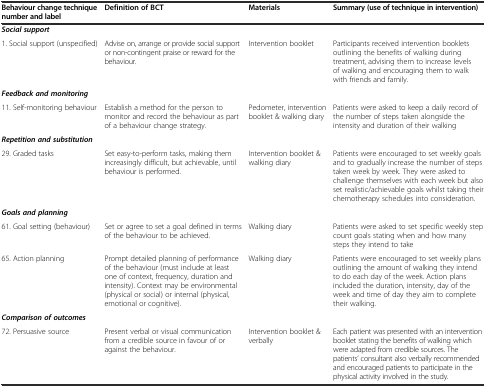
<table><thead><tr><td><b>Behaviour change technique number and label</b></td><td><b>Definition of BCT</b></td><td><b>Materials</b></td><td><b>Summary (use of technique in intervention)</b></td></tr></thead><tbody><tr><td><b><i>Social support</i></b></td><td></td><td></td><td></td></tr><tr><td>1. Social support (unspecified)</td><td>Advise on, arrange or provide social support or non-contingent praise or reward for the behaviour.</td><td>Intervention booklet</td><td>Participants received intervention booklets outlining the benefits of walking during treatment, advising them to increase levels of walking and encouraging them to walk with friends and family.</td></tr><tr><td><b><i>Feedback and monitoring</i></b></td><td></td><td></td><td></td></tr><tr><td>11. Self-monitoring behaviour</td><td>Establish a method for the person to monitor and record the behaviour as part of a behaviour change strategy.</td><td>Pedometer, intervention booklet &amp; walking diary</td><td>Patients were asked to keep a daily record of the number of steps taken alongside the intensity and duration of their walking</td></tr><tr><td><b><i>Repetition and substitution</i></b></td><td></td><td></td><td></td></tr><tr><td>29. Graded tasks</td><td>Set easy-to-perform tasks, making them increasingly difficult, but achievable, until behaviour is performed.</td><td>Intervention booklet &amp; walking diary</td><td>Patients were encouraged to set weekly goals and to gradually increase the number of steps taken week by week. They were asked to challenge themselves with each week but also set realistic/achievable goals whilst taking their chemotherapy schedules into consideration.</td></tr><tr><td><b><i>Goals and planning</i></b></td><td></td><td></td><td></td></tr><tr><td>61. Goal setting (behaviour)</td><td>Set or agree to set a goal defined in terms of the behaviour to be achieved.</td><td>Walking diary</td><td>Patients were asked to set specific weekly step count goals stating when and how many steps they intend to take</td></tr><tr><td>65. Action planning</td><td>Prompt detailed planning of performance of the behaviour (must include at least one of context, frequency, duration and intensity). Context may be environmental (physical or social) or internal (physical, emotional or cognitive).</td><td>Walking diary</td><td>Patients were encouraged to set weekly plans outlining the amount of walking they intend to do each day of the week. Action plans included the duration, intensity, day of the week and time of day they aim to complete their walking.</td></tr><tr><td><b><i>Comparison of outcomes</i></b></td><td></td><td></td><td></td></tr><tr><td>72. Persuasive source</td><td>Present verbal or visual communication from a credible source in favour of or against the behaviour.</td><td>Intervention booklet &amp; verbally</td><td>Each patient was presented with an intervention booklet stating the benefits of walking which were adapted from credible sources. The patients’ consultant also verbally recommended and encouraged patients to participate in the physical activity involved in the study.</td></tr></tbody></table>